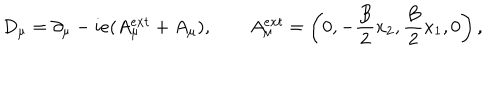
D _ { \mu } = \partial _ { \mu } - i e ( A _ { \mu } ^ { e x t } + A _ { \mu } ) , \qquad A _ { \mu } ^ { e x t } = \left( 0 , - \frac { B } { 2 } x _ { 2 } , \frac { B } { 2 } x _ { 1 } , 0 \right) ,